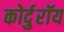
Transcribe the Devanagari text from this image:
कोर्दुरॉय